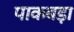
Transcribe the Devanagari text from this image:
पाकबड़ा